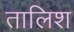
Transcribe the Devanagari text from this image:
तालिश